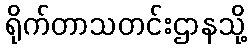
ရိုက်တာသတင်းဌာနသို့